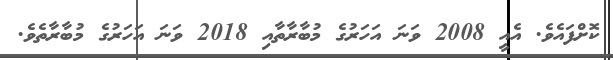
ކޮށްފައެވެ. އެއީ 2008 ވަނަ އަހަރުގެ މުބާރާތާއި 2018 ވަނަ އަހަރުގެ މުބާރާތެވެ.